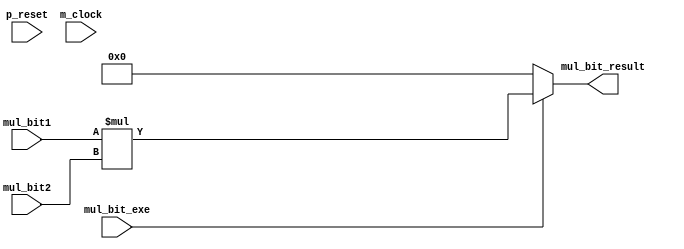
// This program was cloned from: https://github.com/shun7b/bidirectional-search
// License: GNU General Public License v3.0


/*Produced by NSL Core(version=20221225), IP ARCH, Inc. Sat Apr 27 08:50:05 2024
 Licensed to :EVALUATION USER*/
/*
 DO NOT USE ANY PART OF THIS FILE FOR COMMERCIAL PRODUCTS. 
*/

module mul_bit ( p_reset , m_clock , mul_bit1 , mul_bit2 , mul_bit_result , mul_bit_exe );
  input p_reset, m_clock;
  wire p_reset, m_clock;
  input [17:0] mul_bit1;
  wire [17:0] mul_bit1;
  input [17:0] mul_bit2;
  wire [17:0] mul_bit2;
  output [20:0] mul_bit_result;
  wire [20:0] mul_bit_result;
  input mul_bit_exe;
  wire mul_bit_exe;

   assign  mul_bit_result = 
// synthesis translate_off
// synopsys translate_off
(mul_bit_exe)? 
// synthesis translate_on
// synopsys translate_on
((mul_bit_exe)?(mul_bit1*mul_bit2):21'b0)
// synthesis translate_off
// synopsys translate_off
:21'bx
// synthesis translate_on
// synopsys translate_on
;
endmodule

/*Produced by NSL Core(version=20221225), IP ARCH, Inc. Sat Apr 27 08:50:05 2024
 Licensed to :EVALUATION USER*/